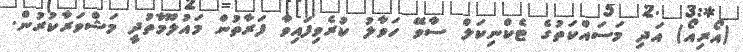
(އޯރިއޯ) އަދި މަސައްކަތުގެ ޓެކްނިކަލް ސާވޭ ހަވާލު ކުރެވިފައިވާ ފަރާތުން މައުލޫމާތުދީ މަޝްވަރާކުރުން.